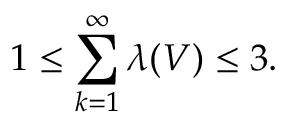
1 \leq \sum _ { k = 1 } ^ { \infty } \lambda ( V ) \leq 3 .